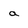
Character: a